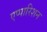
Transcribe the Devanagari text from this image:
एप्पारिशन